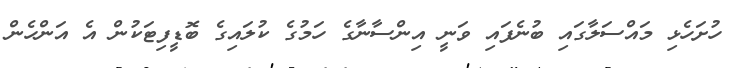
ހުށަހެޅި މައްސަލާގައި ބުނެފައި ވަނީ އިންސާނާގެ ހަމުގެ ކުލައިގެ ބޮޑީފިޓަކުން އެ އަންހެން